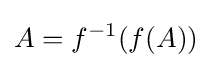
A=f^{-1}(f(A))